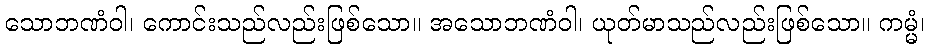
သောဘဏံဝါ၊ ကောင်းသည်လည်းဖြစ်သော။ အသောဘဏံဝါ၊ ယုတ်မာသည်လည်းဖြစ်သော။ ကမ္မံ၊